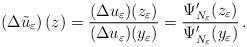
LaTeX: \begin{align*}\left(\Delta \tilde{u}_\varepsilon\right)(z)=\frac{(\Delta u_\varepsilon)(z_\varepsilon)}{(\Delta u_\varepsilon)(y_\varepsilon)}=\frac{\Psi'_{N_\varepsilon}(z_\varepsilon)}{\Psi'_{N_\varepsilon}(y_\varepsilon)}\,.\end{align*}